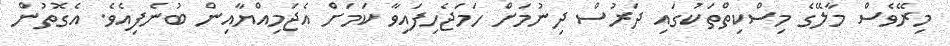
މިރޭވެސް މާލޭގެ މިސްކިތްތަކުގައި ދަރުސް ދިނުމަށް ހަމަޖެހިފައިވާ ކަމަށް އެޖަމިއްޔާއިން ބުނެފިއެވެ. އެގޮތުން